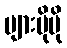
များပိုမို